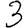
Digit: 3